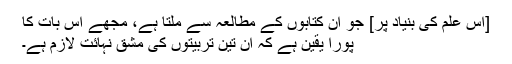
[اس علم کی بنیاد پر] جو ان کتابوں کے مطالعہ سے ملتا ہے، مجھے اس بات کا
پورا یقین ہے کہ ان تین تربیتوں کی مشق نہائت لازم ہے۔